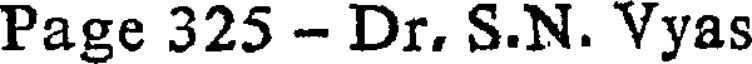
Page 325 - Dr. S.N. Vyas